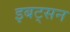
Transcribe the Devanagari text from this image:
इबट्सन